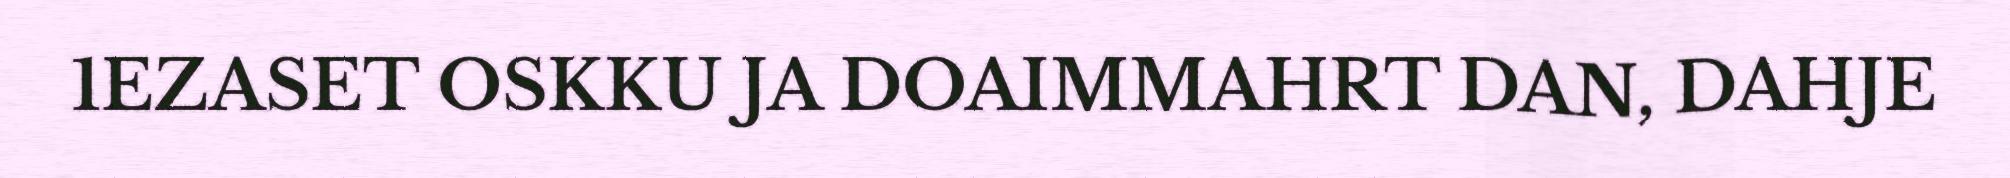
1EZASET OSKKU JA DOAIMMAHRT DAN, DAHJE